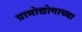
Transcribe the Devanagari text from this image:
ग्रामोद्योगाच्या